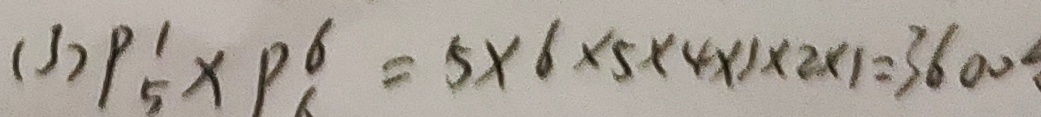
( 3 ) p \frac { 1 } { 5 } \times p _ { 6 } ^ { 6 } = 5 \times 6 \times 5 \times 4 \times 1 \times 2 \times 1 = 3 6 0 0